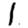
Digit: 1